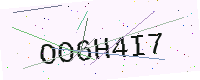
Text: OO6H4I7